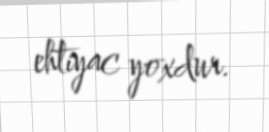
ehtiyac yoxdur.